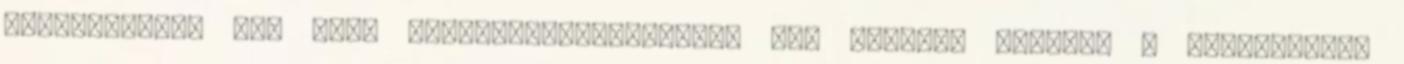
agresszíven, épp hogy gyermekgyilkossággal nem vádolt, miután, a szolgálatos